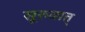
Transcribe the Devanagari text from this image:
सूरुवात्